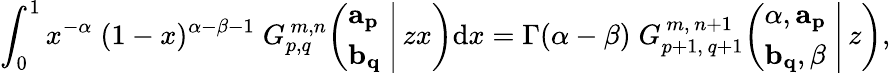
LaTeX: \int_{0}^{1}x^{-\alpha}\; (1-x)^{\alpha-\beta-1}\; G_{p,q}^{\, m,n}\! \left(\left.{\begin{array}{l}{\mathbf{a_{p}}}\\ {\mathbf{b_{q}}}\end{array}}\; \right|\, zx\right)\mathrm{d}x=\Gamma(\alpha-\beta)\; G_{p+1,\, q+1}^{\, m,\, n+1}\! \left(\left.{\begin{array}{l}{\alpha,\mathbf{a_{p}}}\\ {\mathbf{b_{q}},\beta}\end{array}}\; \right|\, z\right),